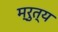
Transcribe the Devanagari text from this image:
म्रुत्य